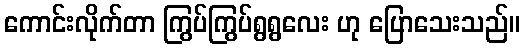
ကောင်းလိုက်တာ ကြွပ်ကြွပ်ရွရွလေး ဟု ပြောသေးသည်။